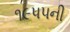
૧૯૫૫ની